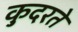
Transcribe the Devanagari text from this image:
कु़दरते